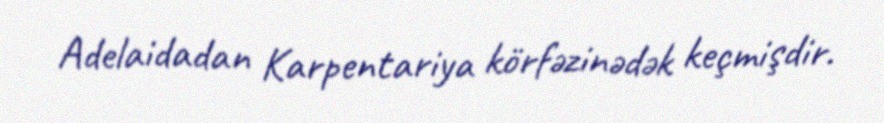
Adelaidadan Karpentariya körfəzinədək keçmişdir.